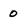
Character: 0